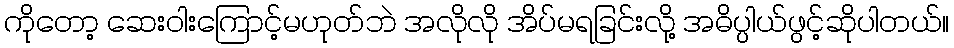
ကိုတော့ ဆေးဝါးကြောင့်မဟုတ်ဘဲ အလိုလို အိပ်မရခြင်းလို့ အဓိပ္ပါယ်ဖွင့်ဆိုပါတယ်။